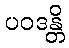
ပဝဒန္တိ